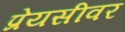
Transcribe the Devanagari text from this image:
प्रेयसीवर